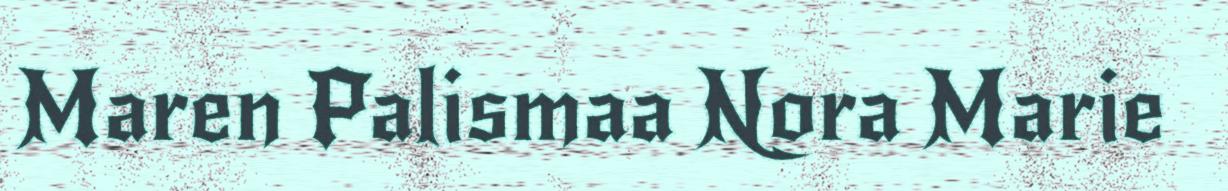
Maren Palismaa Nora Marie